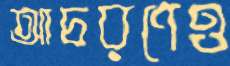
আচরণেও